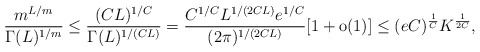
\begin{align*}\frac{m^{L/m}}{\Gamma(L)^{1/m}}\leq \frac{(CL)^{1/C}}{\Gamma(L)^{1/(CL)}}=\frac{C^{1/C} L^{1/(2CL)} e^{1/C}}{(2\pi)^{1/(2CL)}} [1+\textrm{o}(1)]\leq (eC)^{\frac 1C} K^{\frac 1{2C}},\end{align*}